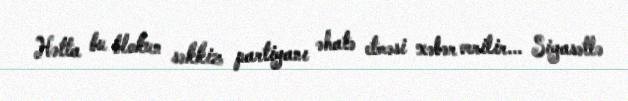
Hətta bu blokun səkkiz partiyanı əhatə etməsi xəbər verilir... Siyasətlə